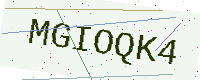
Text: MGIOQK4